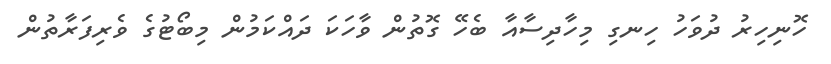
ހޮނިހިިރު ދުވަހު ހިނގި މިހާދިސާއާ ބެހޭ ގޮތުން ވާހަކަ ދައްކަމުން މިބޯޓުގެ ވެރިފަރާތުން